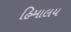
હિમાલય